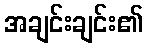
အချင်းချင်း၏